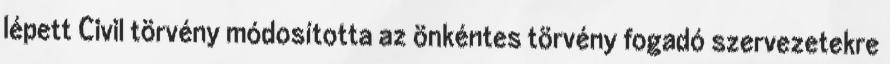
lépett Civil törvény módosította az önkéntes törvény fogadó szervezetekre